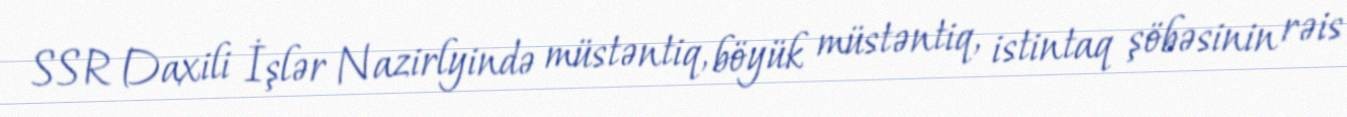
SSR Daxili İşlər Nazirlyində müstəntiq, böyük müstəntiq, istintaq şöbəsinin rəis